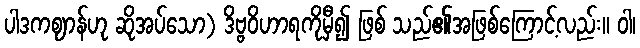
ပါဒကဈာန်ဟု ဆိုအပ်သော) ဒိဗ္ဗဝိဟာရကိုမှီ၍ ဖြစ် သည်၏အဖြစ်ကြောင့်လည်း။ ဝါ၊